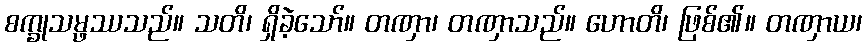
စက္ခုသမ္ဖဿသည်။ သတိ၊ ရှိခဲ့သော်။ တဏှာ၊ တဏှာသည်။ ဟောတိ၊ ဖြစ်၏။ တဏှာယ၊